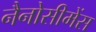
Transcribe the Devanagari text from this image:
नैनोसीमेंस